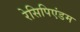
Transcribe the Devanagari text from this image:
रेसिपिएंडम